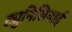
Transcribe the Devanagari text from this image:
ट्युनिसियाई